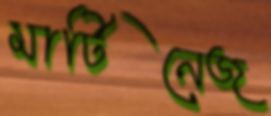
মার্টিনেজ